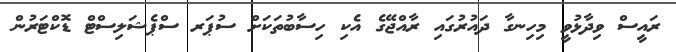
ރައީސް ވިދާޅުވީ މިހިނގާ ދައުރުގައި ރާއްޖޭގެ އެކި ހިސާބުތަކަށް ސުޕަރ ސްޕެޝަލިސްޓް ޑޮކްޓަރުން